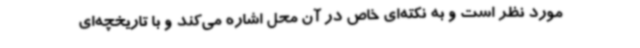
مورد نظر است و به نکته‌ای خاص در آن محل اشاره می‌کند و با تاریخچه‌ای